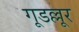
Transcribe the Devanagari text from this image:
गूडल्लूर